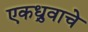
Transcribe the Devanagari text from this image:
एकध्रुवाचे